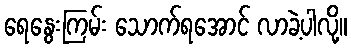
ရေနွေးကြမ်း သောက်ရအောင် လာခဲ့ပါလို့။